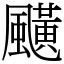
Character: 䬝